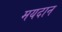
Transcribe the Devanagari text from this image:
मयदान